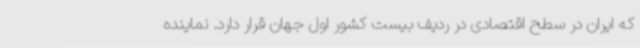
که ایران در سطح اقتصادی در ردیف بیست کشور اول جهان قرار دارد. نماینده